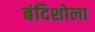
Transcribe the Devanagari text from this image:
बंदिशोला